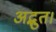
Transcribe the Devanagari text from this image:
अद्भुत।